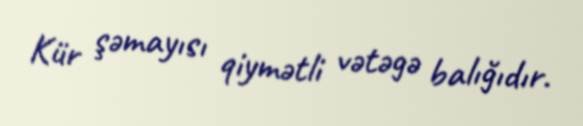
Kür şəmayısı qiymətli vətəgə balığıdır.